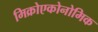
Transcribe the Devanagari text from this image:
मिक्रोएकोनोमिक